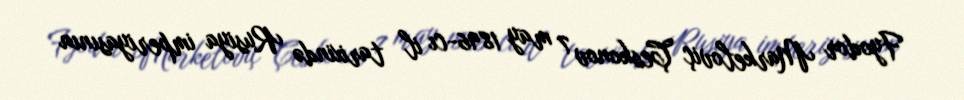
Fyodor Markeloviç Çeskonov 7 may 1896-cı il tarixində Rusiya imperiyasının